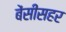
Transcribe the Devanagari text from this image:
बेंसीसहर